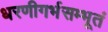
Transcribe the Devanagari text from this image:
धरणीगर्भसम्भूतं